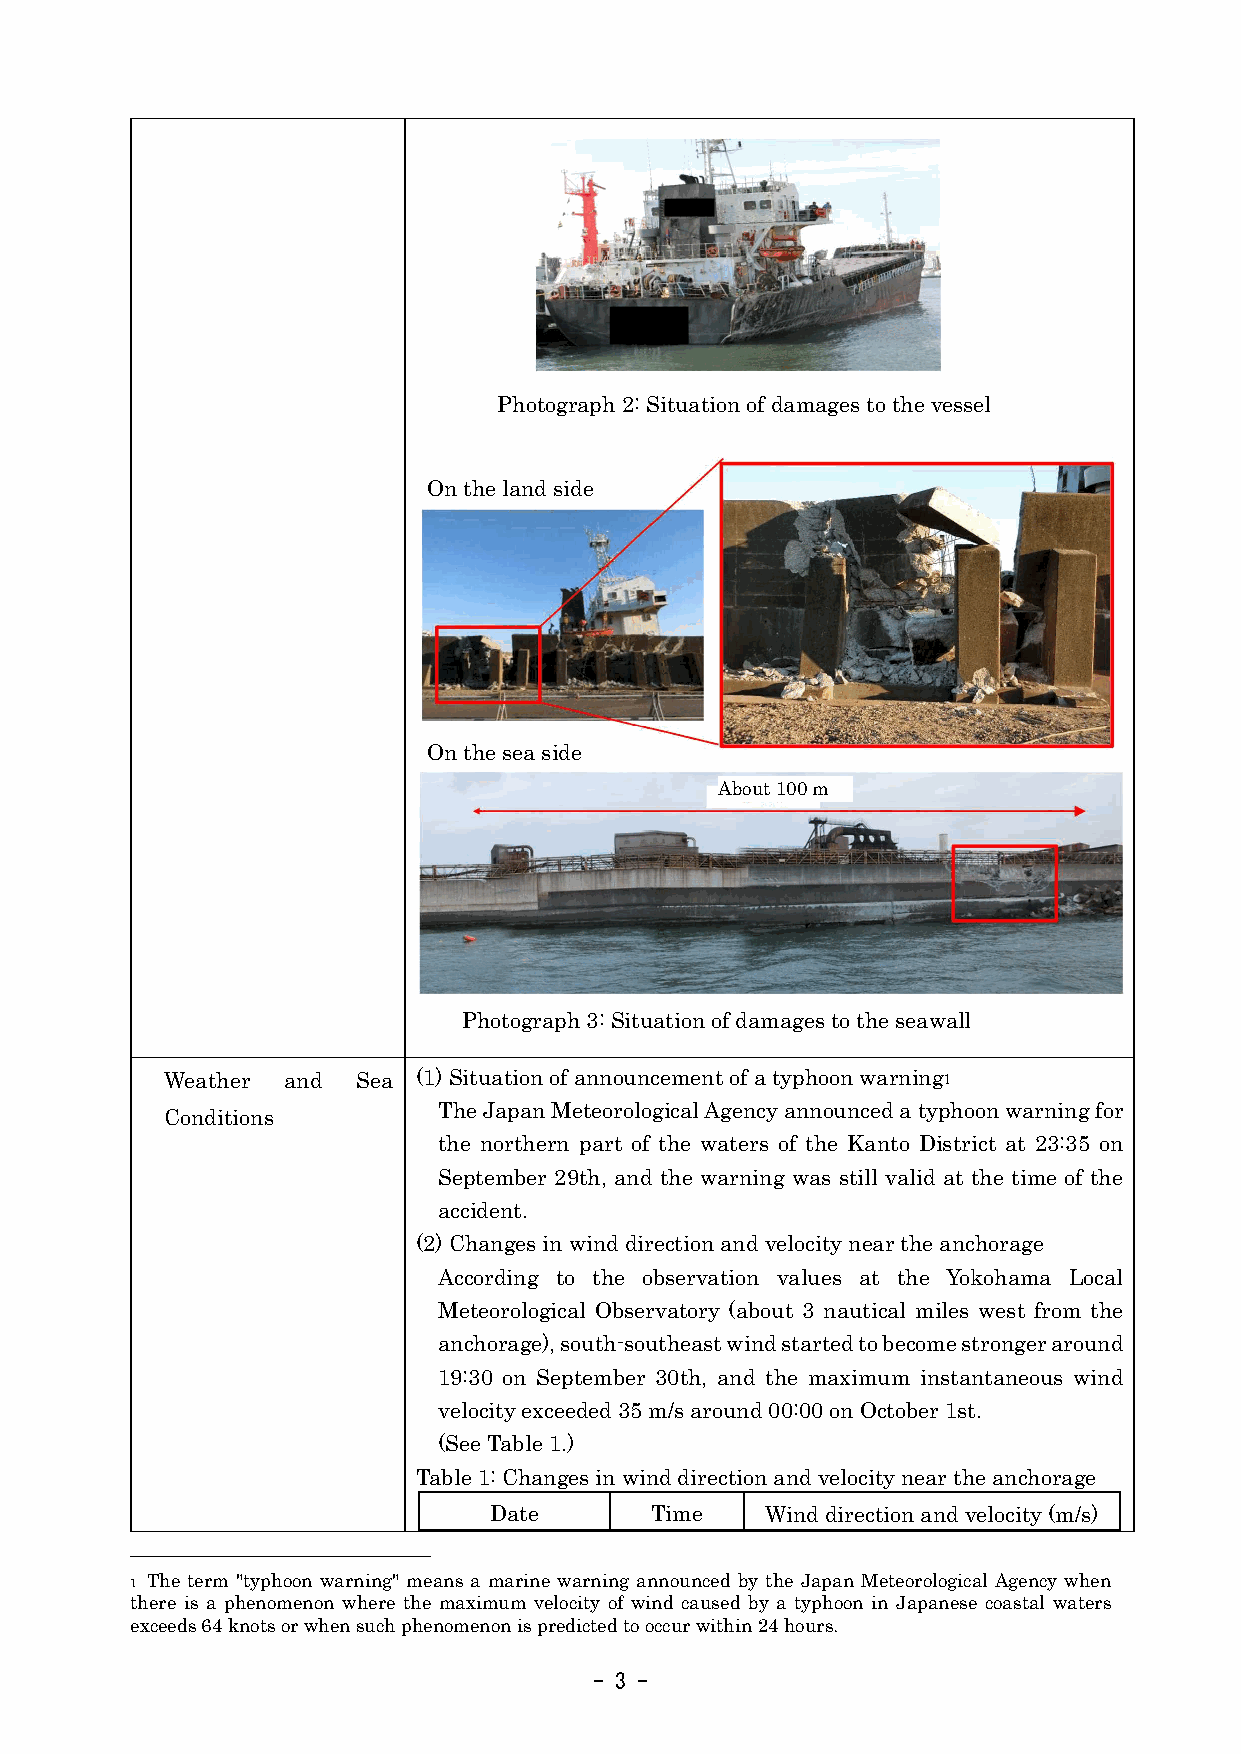
Photograph 2: Situation of damages to the vessel
 On the land side
 On the sea side
 About 100 m
 Photograph 3: Situation of damages to the seawall
 Weather and  Sea (1) Situation of announcement of a typhoon warning1
 The Japan Meteorological Agency announced a typhoon warning for
 Conditions
 the northern part of the waters of the Kanto District at 23:35 on
 September 29th, and the warning was still valid at the time of the
 accident.
 (2) Changes in wind direction and velocity near the anchorage
 According to the observation values at the Yokohama Local
 Meteorological Observatory (about 3 nautical miles west from the
 anchorage), south-southeast wind started to become stronger around
 19:30 on September 30th, and the maximum instantaneous wind
 velocity exceeded 35 m/s around 00:00 on October 1st.
 (See Table 1.)
 Table 1: Changes in wind direction and velocity near the anchorage
 Date       Time    Wind direction and velocity (m/s)
 1 The term "typhoon warning" means a marine warning announced by the Japan Meteorological Agency when
 there is a phenomenon where the maximum velocity of wind caused by a typhoon in Japanese coastal waters
 exceeds 64 knots or when such phenomenon is predicted to occur within 24 hours.
 - 3 -